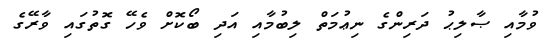
ވުމާއި ޞާލިޙު ދަރިންގެ ނިޢުމަތް ލިބުމާއި އަދި ބޯކޮށް ވެހޭ ގޮތުގައި ވާރޭގެ